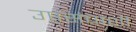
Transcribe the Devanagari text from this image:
उपसंचाशी